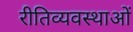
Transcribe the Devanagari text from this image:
रीतिव्यवस्थाओं